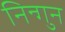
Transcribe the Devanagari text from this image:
निन्गुन